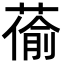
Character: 𦸄